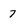
Character: 7